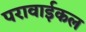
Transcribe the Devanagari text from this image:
परावाईकल